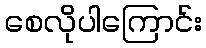
စေလိုပါကြောင်း